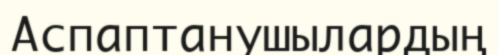
Аспаптанушылардың